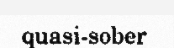
quasi-sober